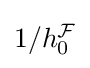
{\textstyle {1}/{h_{0}^{\mathcal {F}}}}